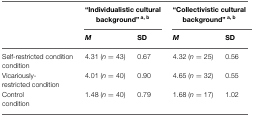
|  | <COLSPAN=2> “Individualistic cultural background”a, b | <COLSPAN=2> “Collectivistic cultural background”a, b |
 |  | M | SD | M | SD |
 | --- | --- | --- | --- | --- |
 | Self-restricted condition condition | 4.31 (n = 43) | 0.67 | 4.32 (n = 25) | 0.56 |
 | Vicariously-restricted condition | 4.01 (n = 40) | 0.90 | 4.65 (n = 32) | 0.55 |
 | Control condition | 1.48 (n = 40) | 0.79 | 1.68 (n = 17) | 1.02 |